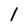
Character: 1